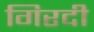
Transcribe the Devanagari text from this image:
गिरदी